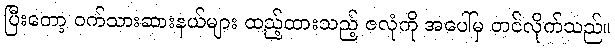
ပြီးတော့ ဝက်သားဆားနယ်များ ထည့်ထားသည့် ဇလုံကို အပေါ်မှ တင်လိုက်သည်။